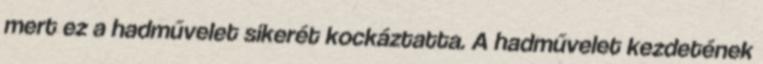
mert ez a hadművelet sikerét kockáztatta. A hadművelet kezdetének